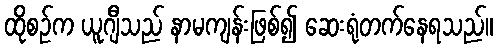
ထိုစဉ်က ယူဂျီသည် နာမကျန်းဖြစ်၍ ဆေးရုံတက်နေရသည်။